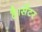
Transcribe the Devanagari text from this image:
है।सेंटर